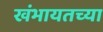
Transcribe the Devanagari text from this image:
खंभायतच्या